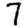
Digit: 7